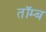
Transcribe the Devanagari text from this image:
तॉम्ब